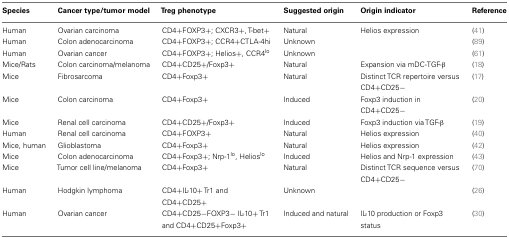
<table><thead><tr><td><b>Species</b></td><td><b>Cancer type/tumor model</b></td><td><b>Treg phenotype</b></td><td><b>Suggested origin</b></td><td><b>Origin indicator</b></td><td><b>Reference</b></td></tr></thead><tbody><tr><td>Human</td><td>Ovarian carcinoma</td><td>CD4+FOXP3+; CXCR3+, T-bet+</td><td>Natural</td><td>Helios expression</td><td>(41 )</td></tr><tr><td>Human</td><td>Colon adenocarcinoma</td><td>CD4+FOXP3+; CCR4+CTLA-4hi</td><td>Unknown</td><td></td><td>(89 )</td></tr><tr><td>Human</td><td>Ovarian cancer</td><td>CD4+FOXP3+; Helios+, CCR4<sup>lo</sup></td><td>Unknown</td><td></td><td>(61 )</td></tr><tr><td>Mice/Rats</td><td>Colon carcinoma/melanoma</td><td>CD4+CD25+/Foxp3+</td><td>Natural</td><td>Expansion via mDC-TGF-β</td><td>(18 )</td></tr><tr><td>Mice</td><td>Fibrosarcoma</td><td>CD4+Foxp3+</td><td>Natural</td><td>Distinct TCR repertoire versus CD4+CD25−</td><td>(17 )</td></tr><tr><td>Mice</td><td>Colon carcinoma</td><td>CD4+Foxp3+</td><td>Induced</td><td>Foxp3 induction in CD4+CD25−</td><td>(20 )</td></tr><tr><td>Mice</td><td>Renal cell carcinoma</td><td>CD4+CD25+/Foxp3+</td><td>Induced</td><td>Foxp3 induction via TGF-β</td><td>(19 )</td></tr><tr><td>Human</td><td>Renal cell carcinoma</td><td>CD4+FOXP3+</td><td>Natural</td><td>Helios expression</td><td>(40 )</td></tr><tr><td>Mice, human</td><td>Glioblastoma</td><td>CD4+Foxp3+</td><td>Natural</td><td>Helios expression</td><td>(42 )</td></tr><tr><td>Mice</td><td>Colon adenocarcinoma</td><td>CD4+Foxp3+; Nrp-1<sup>lo</sup>, Helios<sup>lo</sup></td><td>Induced</td><td>Helios and Nrp-1 expression</td><td>(43 )</td></tr><tr><td>Mice</td><td>Tumor cell line/melanoma</td><td>CD4+Foxp3+</td><td>Natural</td><td>Distinct TCR sequence versus CD4+CD25−</td><td>(70 )</td></tr><tr><td>Human</td><td>Hodgkin lymphoma</td><td>CD4+IL-10+ Tr1 and CD4+CD25+</td><td>Unknown</td><td></td><td>(26 )</td></tr><tr><td>Human</td><td>Ovarian cancer</td><td>CD4+CD25−FOXP3−IL-10+ Tr1 and CD4+CD25+Foxp3+</td><td>Induced and natural</td><td>IL-10 production or Foxp3 status</td><td>(30 )</td></tr></tbody></table>